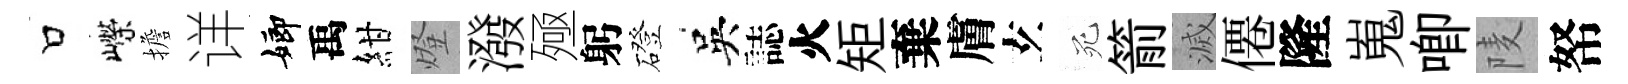
口嶸擔详嫏禹紺燈潑殛躬磴吳誌火矩棄膚𤣥死箭滅僊隆嵬唧𨹧帑